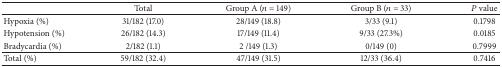
<table><thead><tr><td><b> </b></td><td><b>Total</b></td><td><b>Group A (<i>n</i> = 149)</b></td><td><b>Group B (<i>n</i> = 33)</b></td><td><b><i>P</i> value</b></td></tr></thead><tbody><tr><td>Hypoxia (%)</td><td>31/182 (17.0)</td><td>28/149 (18.8)</td><td>3/33 (9.1)</td><td>0.1798</td></tr><tr><td>Hypotension (%)</td><td>26/182 (14.3)</td><td>17/149 (11.4)</td><td>9/33 (27.3%)</td><td>0.0185</td></tr><tr><td>Bradycardia (%)</td><td>2/182 (1.1)</td><td>2 /149 (1.3)</td><td>0/149 (0)</td><td>0.7999</td></tr><tr><td>Total (%)</td><td>59/182 (32.4)</td><td>47/149 (31.5)</td><td>12/33 (36.4)</td><td>0.7416</td></tr></tbody></table>